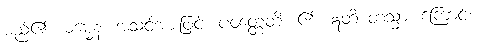
မည်၏။ ဓမ္မေန၊ အသင့်အားဖြင့်။ ပဝတ္တေတိ၊ ၏။ ဣတိ တသ္မာ၊ ကြောင့်။